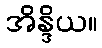
အိန္ဒိယ။